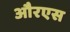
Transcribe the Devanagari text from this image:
औरएस